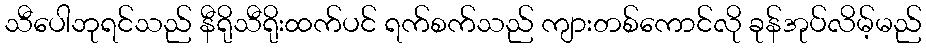
သီပေါဘုရင်သည် နီရိုသီရိုးထက်ပင် ရက်စက်သည် ကျားတစ်ကောင်လို ခုန်အုပ်လိမ့်မည်